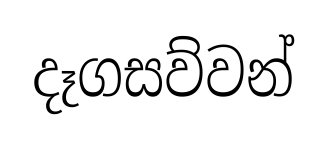
දෑගසව්වන්